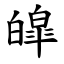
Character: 皡